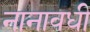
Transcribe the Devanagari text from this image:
नानावधी